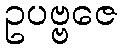
ဥပဗ္ဗဇေ